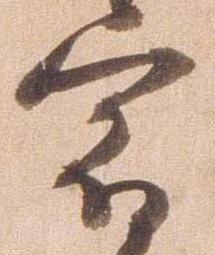
宿